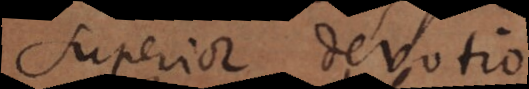
superior, devotio.